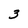
Character: 3